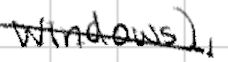
Text: Windows),
Cross-out: diagonal
Writing tool: digital_black